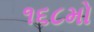
૧૬૮મો